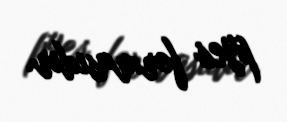
pyes formasıdır.